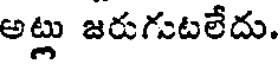
అట్లు జరుగుటలేదు.